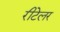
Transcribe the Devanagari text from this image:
रीटेलर